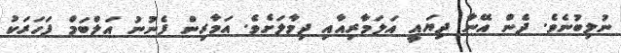
ނުލިބުނެވެ. ދެން އޭނާ ދިޔައީ އަލަމާރިއާއި ދިމާލަށެވެ. އަމާރިން ފެނުނު އަލްބަމް ފަހަރަކު